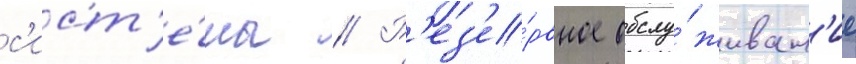
с'ист'е́мы // Р'ез'е́рвное обслу́живан'ие